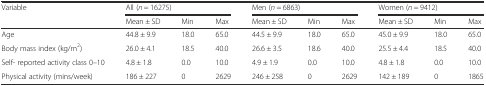
<table><thead><tr><td rowspan="2"><b>Variable</b></td><td colspan="3"><b>All (<i>n</i> = 16275)</b></td><td colspan="3"><b>Men (<i>n</i> = 6863)</b></td><td colspan="3"><b>Women (<i>n</i> = 9412)</b></td></tr><tr><td><b>Mean ± SD</b></td><td><b>Min</b></td><td><b>Max</b></td><td><b>Mean ± SD</b></td><td><b>Min</b></td><td><b>Max</b></td><td><b>Mean ± SD</b></td><td><b>Min</b></td><td><b>Max</b></td></tr></thead><tbody><tr><td>Age</td><td>44.8 ± 9.9</td><td>18.0</td><td>65.0</td><td>44.5 ± 9.9</td><td>18.0</td><td>65.0</td><td>45.0 ± 9.9</td><td>18.0</td><td>65.0</td></tr><tr><td>Body mass index (kg/m<sup>2</sup>)</td><td>26.0 ± 4.1</td><td>18.5</td><td>40.0</td><td>26.6 ± 3.5</td><td>18.6</td><td>40.0</td><td>25.5 ± 4.4</td><td>18.5</td><td>40.0</td></tr><tr><td>Self- reported activity class 0–10</td><td>4.8 ± 1.8</td><td>0.0</td><td>10.0</td><td>4.9 ± 1.9</td><td>0.0</td><td>10.0</td><td>4.8 ± 1.8</td><td>0.0</td><td>10.0</td></tr><tr><td>Physical activity (mins/week)</td><td>186 ± 227</td><td>0</td><td>2629</td><td>246 ± 258</td><td>0</td><td>2629</td><td>142 ± 189</td><td>0</td><td>1865</td></tr></tbody></table>